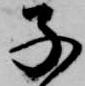
子